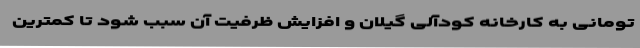
تومانی به کارخانه کودآلی گیلان و افزایش ظرفیت آن سبب شود تا کمترین